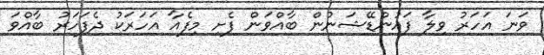
ވަނަ އަހަރު ވިލާ ފައުންޑޭޝަނުން ބާއްވަން ފެށި މިފެއާ އަހަރަކު ދެފަހަރު ބާއްވަ